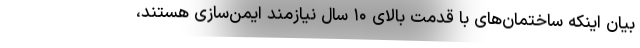
بیان اینکه ساختمان‌های با قدمت بالای ۱۰ سال نیازمند ایمن‌سازی هستند،